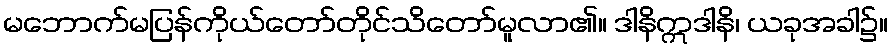
မဘောက်မပြန်ကိုယ်တော်တိုင်သိတော်မူလာ၏။ ဒါနိဣဒါနိ၊ ယခုအခါ၌။